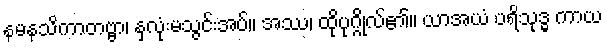
နမနသိကာတဗ္ဗာ၊ နှလုံးမသွင်းအပ်။ အဿ၊ ထိုပုဂ္ဂိုလ်၏။ ယာအယံ ပရိသုဒ္ဓ ကာယ